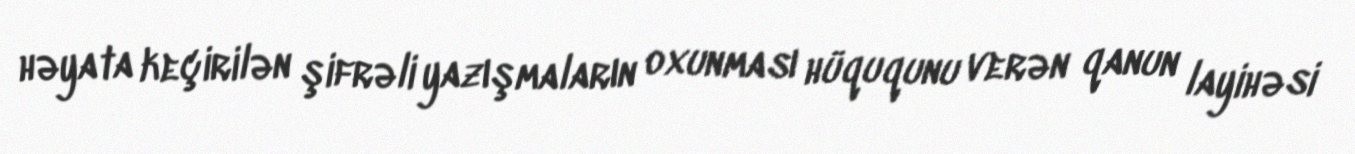
həyata keçirilən şifrəli yazışmaların oxunması hüququnu verən qanun layihəsi